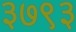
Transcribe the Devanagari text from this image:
३७९३